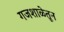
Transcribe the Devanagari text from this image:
गजशाळेतून